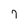
Character: 7